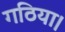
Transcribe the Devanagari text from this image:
गठिया।